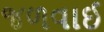
જળવાઈ